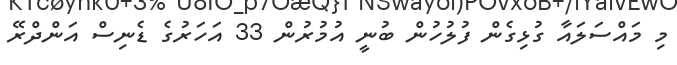
މި މައްސަލައާ ގުޅިގެން ފުލުހުން ބުނީ އުމުރުން 33 އަހަރުގެ ޑެނިސް އަންދްރޭ